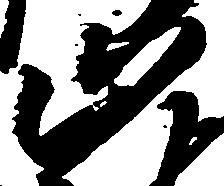
止